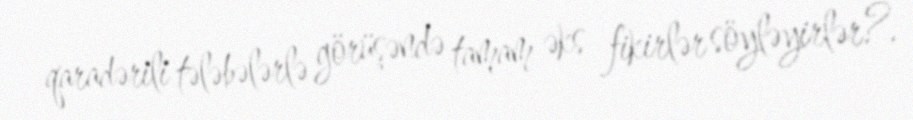
qaradərili tələbələrlə görüşəndə tamam əks fikirlər söyləyirlər?.